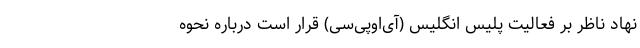
نهاد ناظر بر فعالیت پلیس انگلیس (آی‌اوپی‌سی) قرار است درباره نحوه